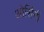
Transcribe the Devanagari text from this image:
ओर्सिनी